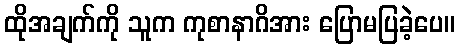
ထိုအချက်ကို သူက ကုစာနာဂိအား ပြောမပြခဲ့ပေ။